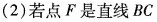
(2)若点F是直线BC